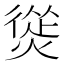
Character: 熧